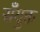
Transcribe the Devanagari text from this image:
सँयुक्त